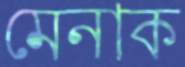
মেনাক